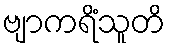
ဗျာကရိံသူတိ